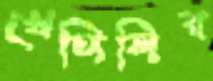
খেপিলিব